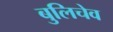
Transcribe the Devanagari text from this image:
बुलिचेव